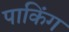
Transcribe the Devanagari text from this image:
पाकिंग